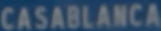
CASABLANCA